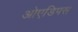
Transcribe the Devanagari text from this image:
ओएडिपस